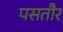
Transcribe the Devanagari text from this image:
पसतौर